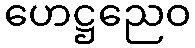
ဟေဋ္ဌညေဝ